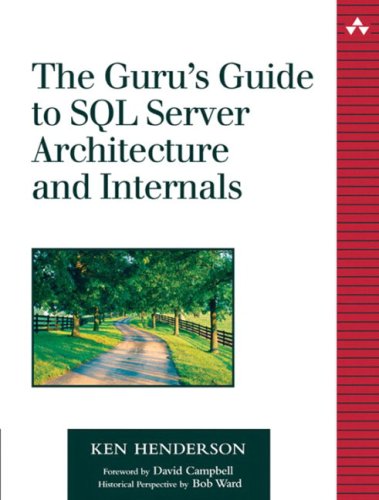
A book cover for The Guru's Guide to SQL Server Architecture and Internals; Ken Henderson; Computers & Technology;